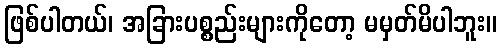
ဖြစ်ပါတယ်၊ အခြားပစ္စည်းများကိုတော့ မမှတ်မိပါဘူး။